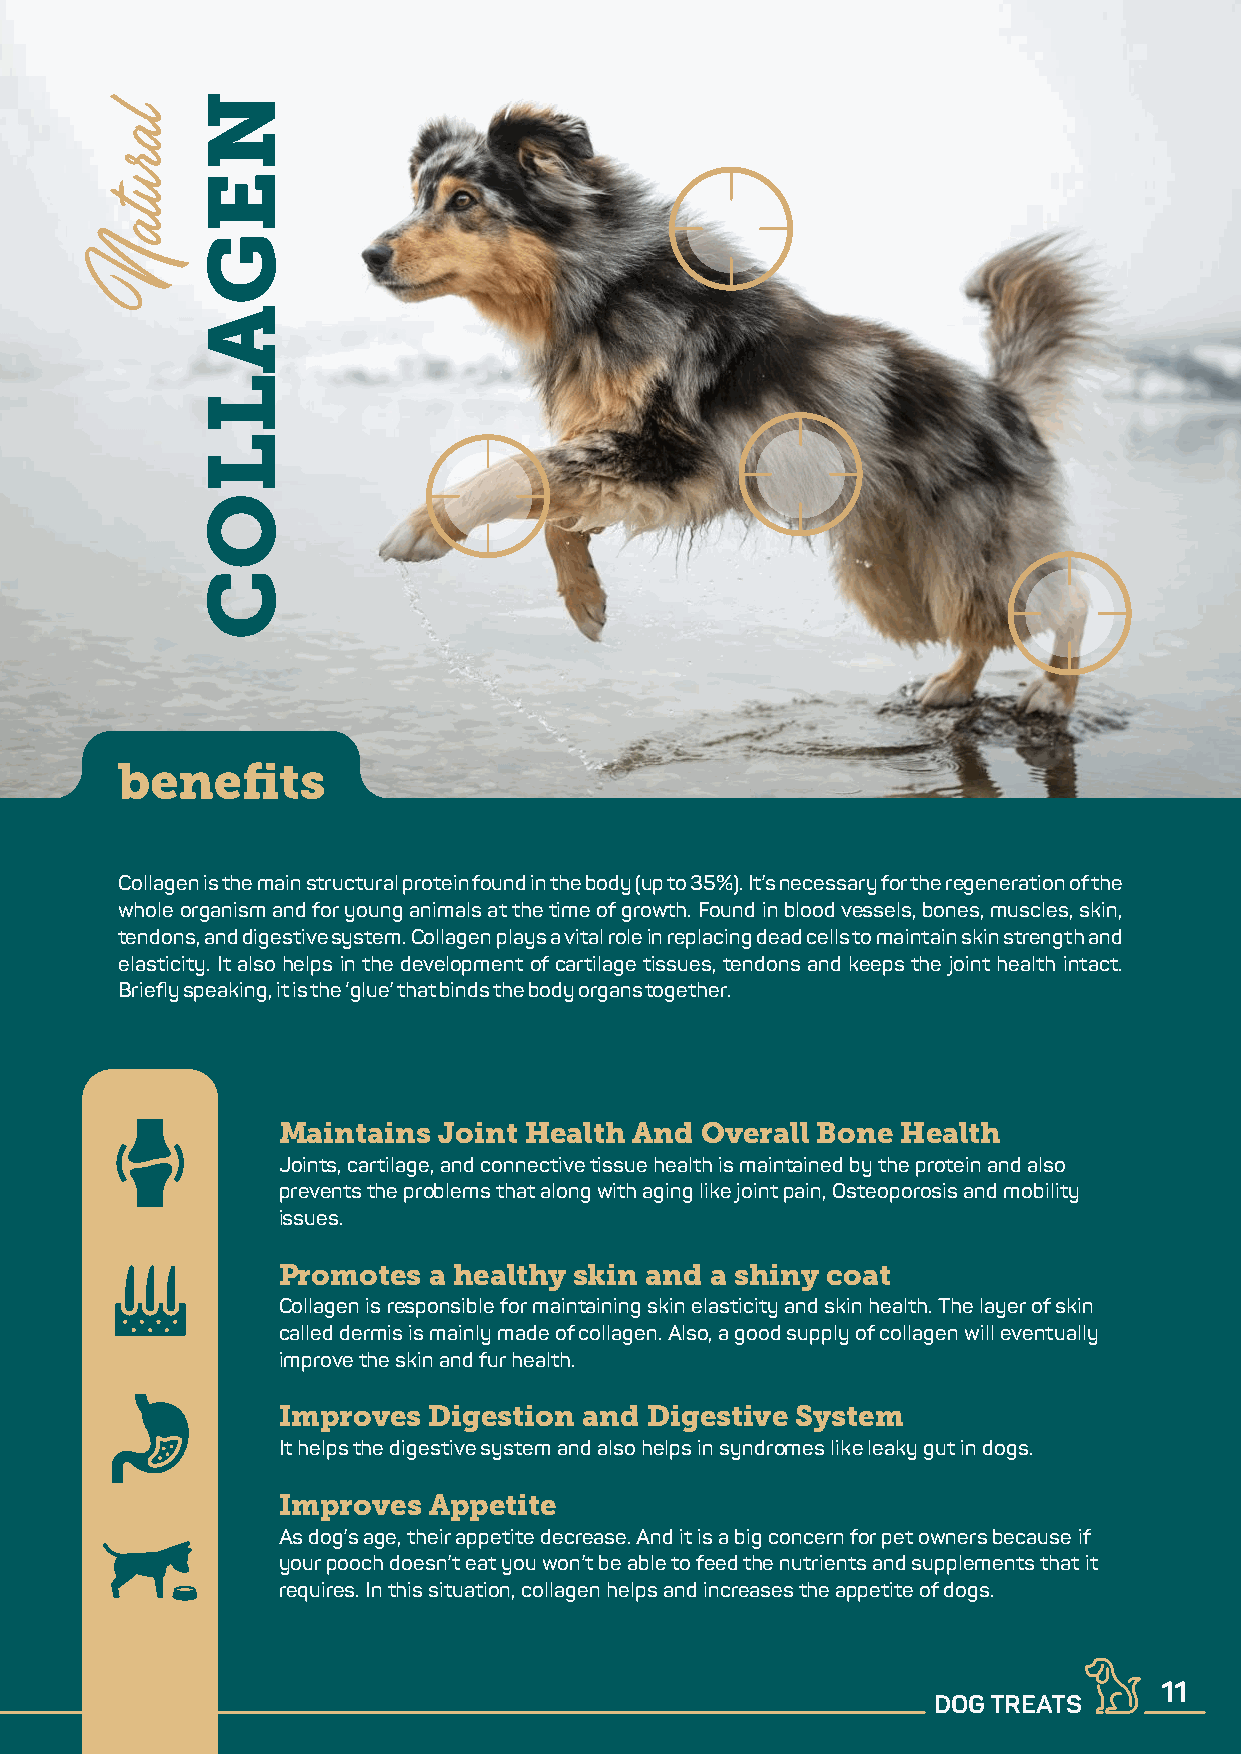
benefits
 Collagen is the main structural protein found in the body (up to 35%). It’s necessary for the regeneration of the
 whole organism and for young animals at the time of growth. Found in blood vessels, bones, muscles, skin,
 tendons, and digestive system. Collagen plays a vital role in replacing dead cells to maintain skin strength and
 elasticity. It also helps in the development of cartilage tissues, tendons and keeps the joint health intact.
 Briefly speaking, it is the ‘glue’ that binds the body organs together.
 Maintains  Joint Health And Overall Bone  Health
 Joints, cartilage, and connective tissue health is maintained by the protein and also
 prevents the problems that along with aging like joint pain, Osteoporosis and mobility
 issues.
 Promotes  a healthy skin and a shiny coat
 Collagen is responsible for maintaining skin elasticity and skin health. The layer of skin
 called dermis is mainly made of collagen. Also, a good supply of collagen will eventually
 improve the skin and fur health.
 Improves  Digestion  and Digestive System
 It helps the digestive system and also helps in syndromes like leaky gut in dogs.
 Improves  Appetite
 As dog’s age, their appetite decrease. And it is a big concern for pet owners because if
 your pooch doesn’t eat you won’t be able to feed the nutrients and supplements that it
 requires. In this situation, collagen helps and increases the appetite of dogs.
 11
 DOG TREATS
 NEGALLOC